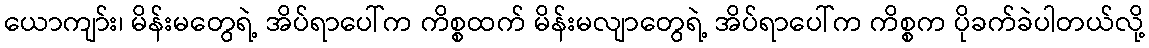
ယောကျာ်း၊ မိန်းမတွေရဲ့ အိပ်ရာပေါ်က ကိစ္စထက် မိန်းမလျာတွေရဲ့ အိပ်ရာပေါ်က ကိစ္စက ပိုခက်ခဲပါတယ်လို့